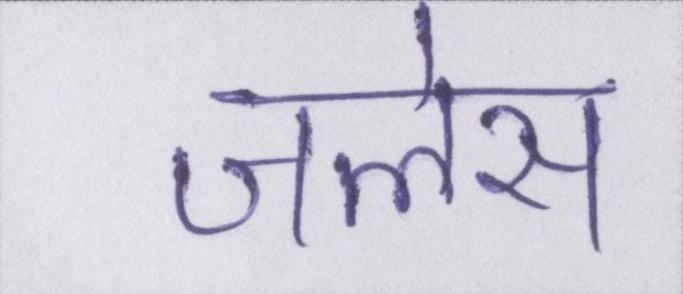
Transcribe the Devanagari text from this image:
जलेस